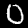
Label: 0